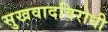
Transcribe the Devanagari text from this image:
सुखवादविरोधी